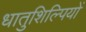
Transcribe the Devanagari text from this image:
धातुशिल्पियों